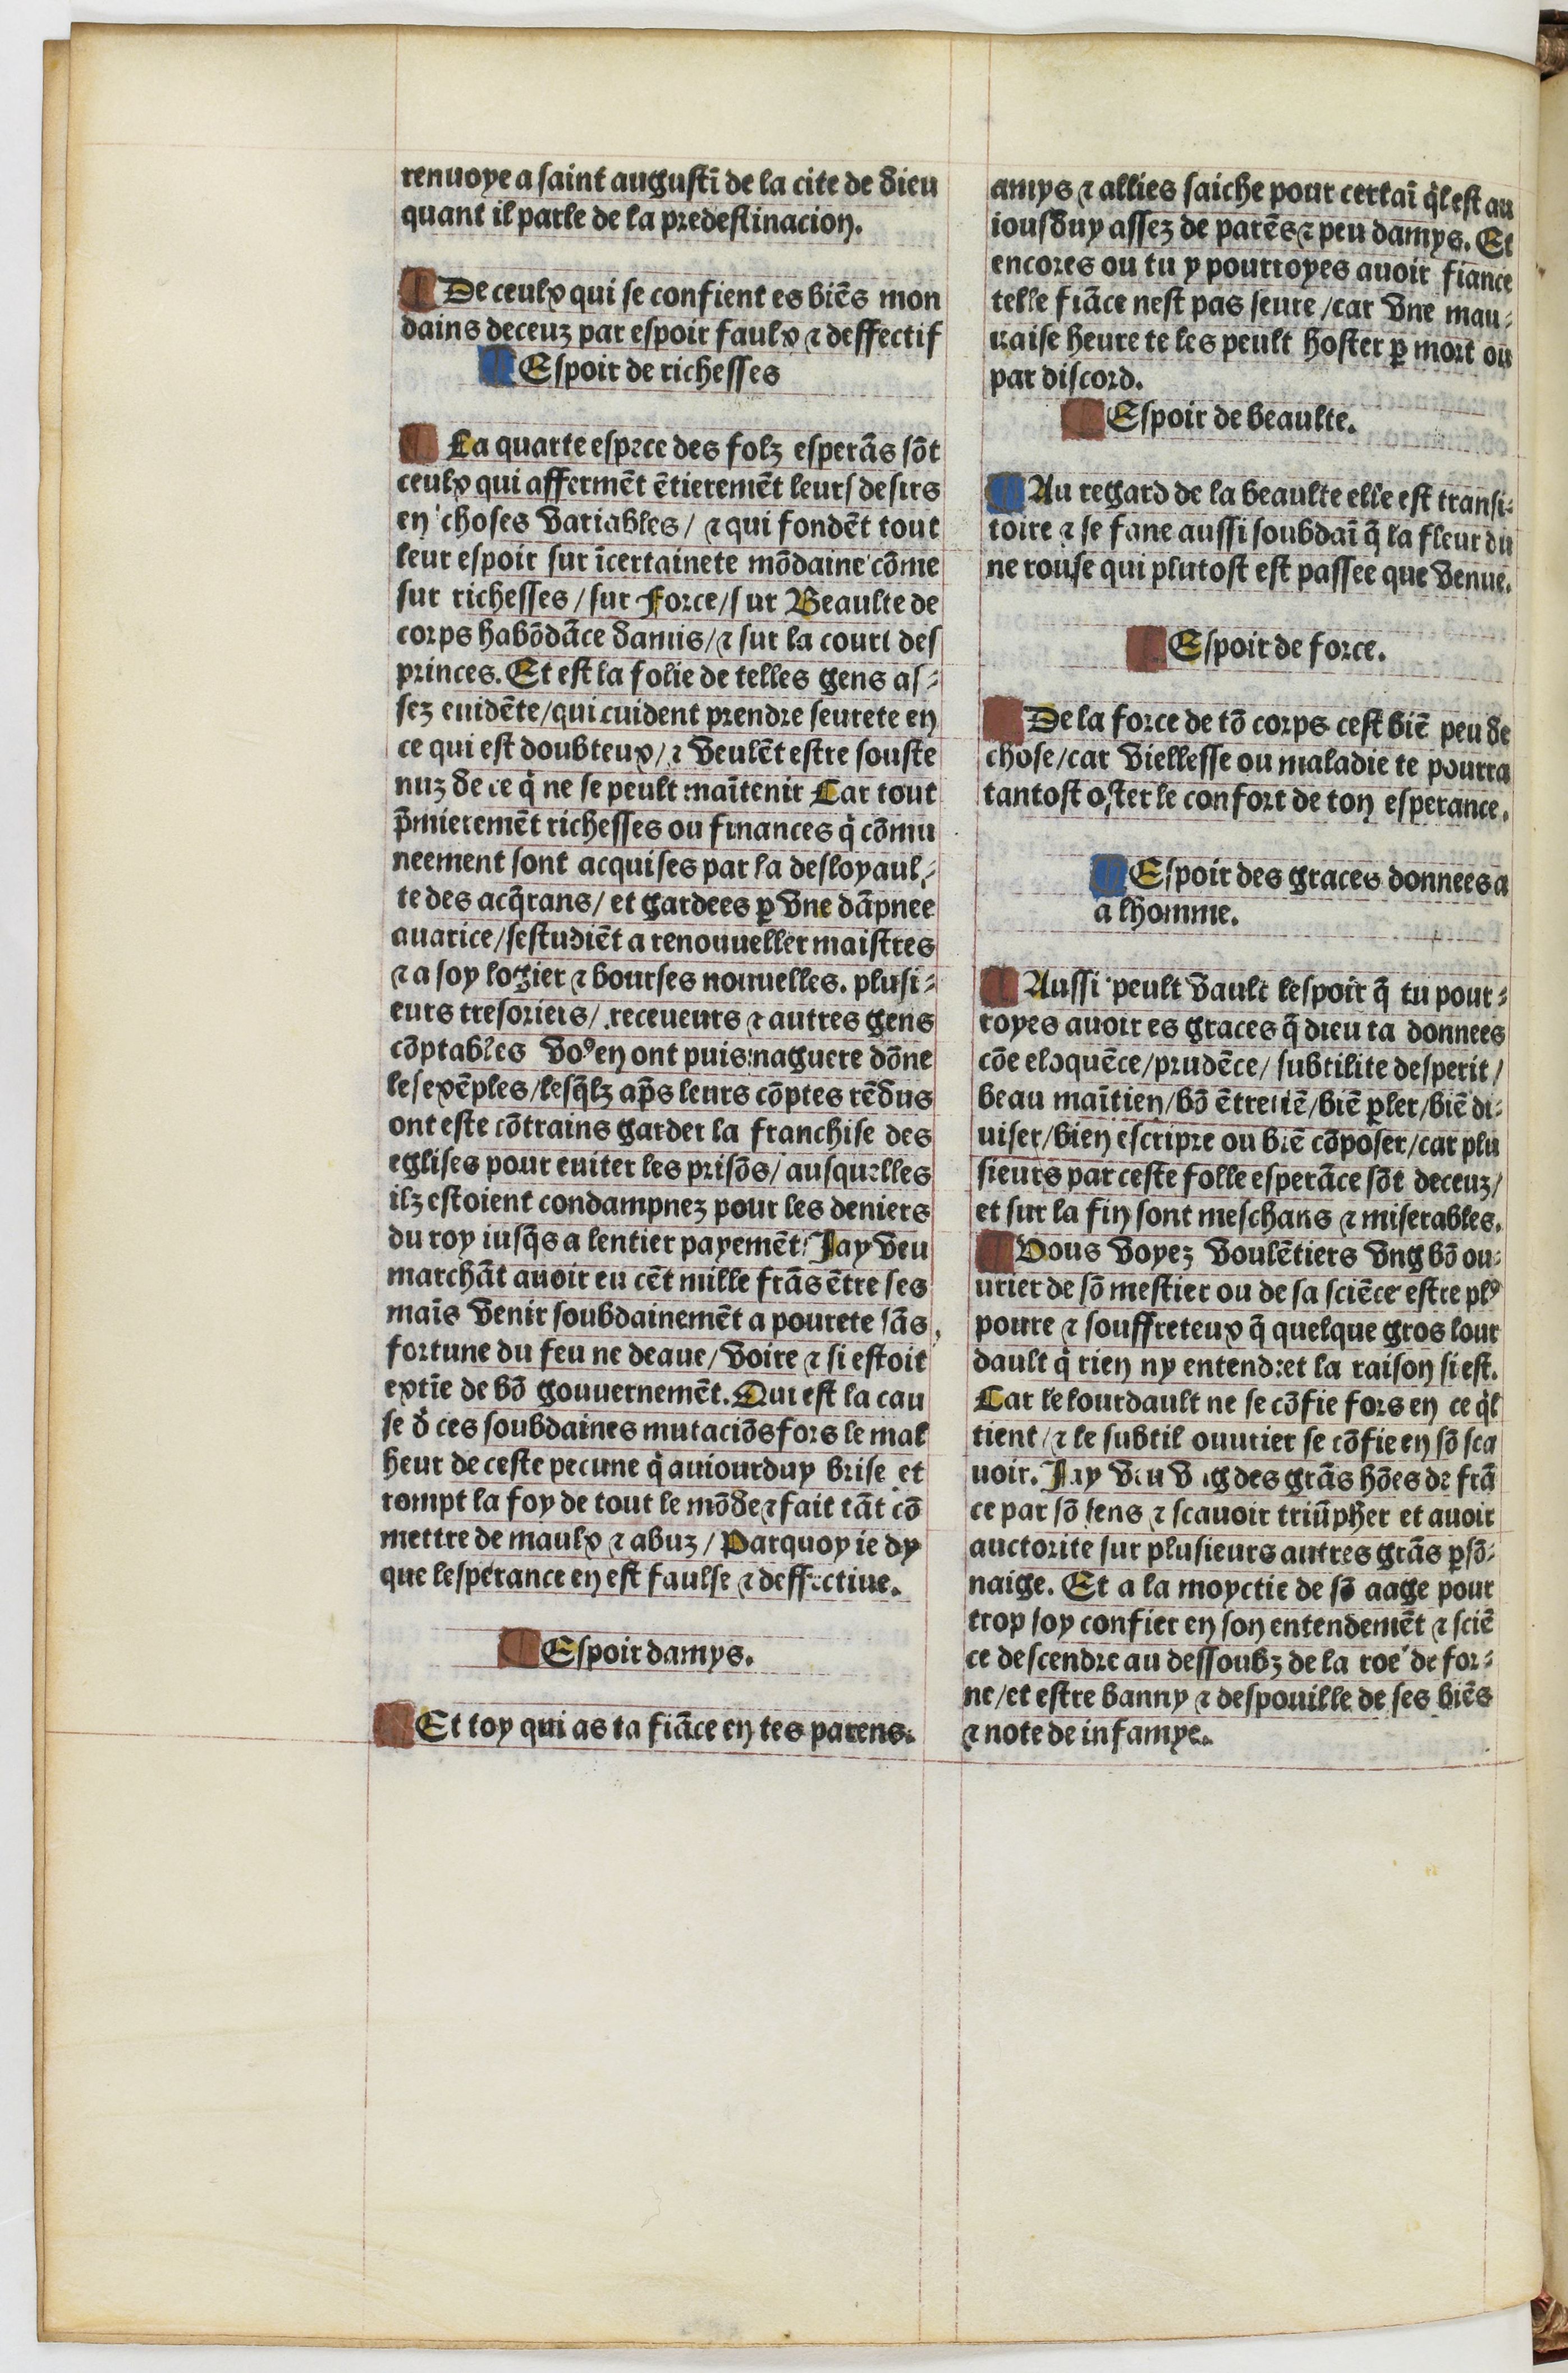
Shelfmark: Paris, BnF, Velins 1103
Century: 16